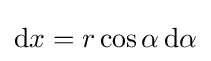
\mathrm {d} x=r\cos \alpha \,\mathrm {d} \alpha